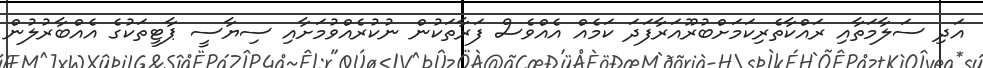
އަދި ސަލާމަތާއި ރައްކާތެރިކަމަށްބުރޫއަރާފަދަ ކަމެއް އެއްވެސް ފަރާތަކުން ނުކުރެއްވުމަށާއި ސިޔާސީ ޕާޓީތަކުގެ އެއްބާރުލުން